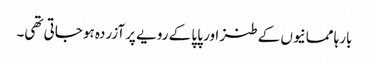
بارہا ممانیوں کے طنز اور پاپا کے رویے پر آزردہ ہو جاتی تھی۔